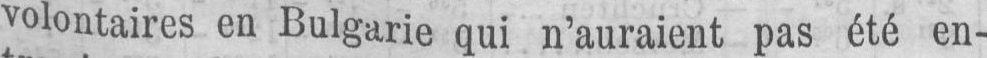
volontaires en Bulgarie qui n’auraient pas été en-